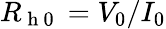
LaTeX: R_{\mathrm{~h~0~}}=V_{0}/I_{0}